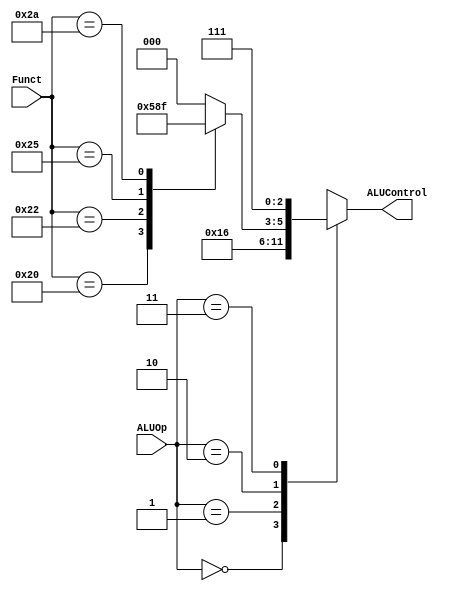
`timescale 1ns / 1ps
//////////////////////////////////////////////////////////////////////////////////
// Company: 
// Engineer: 
// 
// Design Name: 
// Module Name:    ALUDecoder 
// Project Name: 
// Target Devices: 
// Tool versions: 
// Description: 
//
// Dependencies: 
//
// Revision: 
// Revision 0.01 - File Created
// Additional Comments: 
//
//////////////////////////////////////////////////////////////////////////////////
module ALUDecoder(//ALUcontrol
	input [5:0]Funct,
	input [1:0]ALUOp,
	output reg [2:0]ALUControl
    );

always@(*)
begin
	case(ALUOp)
		2'b00:	ALUControl<=3'b010;//LWSWaddij   add
		2'b01:	ALUControl<=3'b110;//beg   sub
		2'b10://RType
		begin
			case(Funct)
				6'b100000: ALUControl<=3'b010;//add rs+rt->rd
				6'b100010: ALUControl<=3'b110;//sub rs-rt>rd
				6'b100100: ALUControl<=3'b000;//add
				6'b100101: ALUControl<=3'b001;//or
				6'b101010: ALUControl<=3'b111;//slt (rs<rt)->rd,
				default:	  ALUControl<=3'b000;
			endcase
		end
		2'b11:	ALUControl<=3'b111;//bgtz  solt
		default: ALUControl<=3'b000;
	endcase
end
endmodule